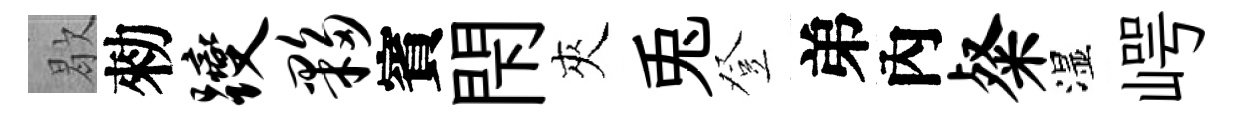
歇勑躞夥賓閇夾兎登弟內粲湿崿